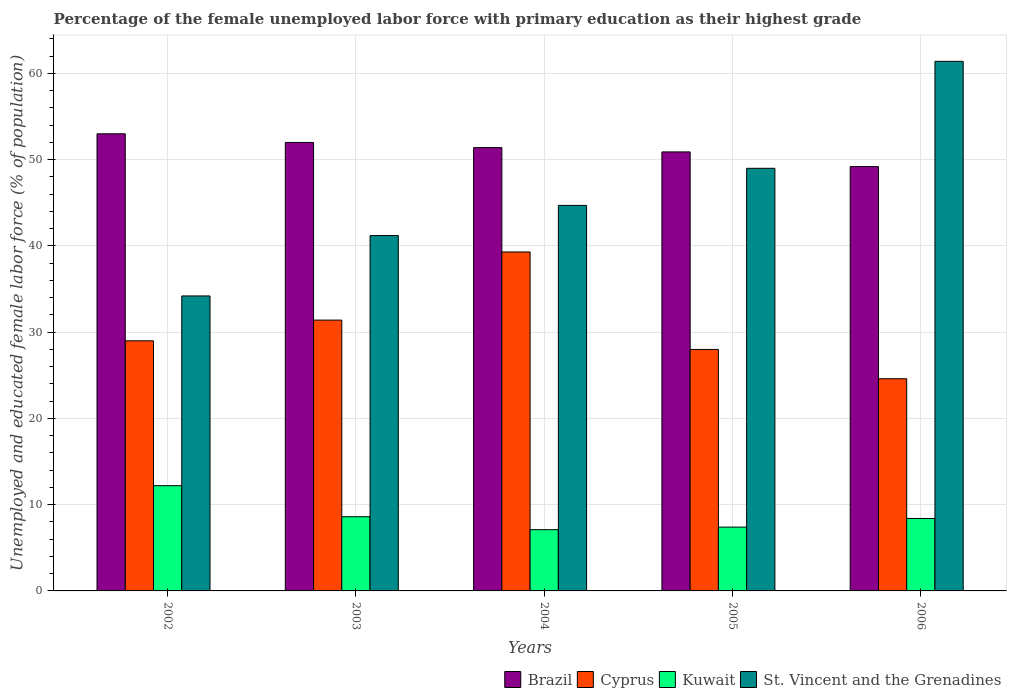
| Years | Brazil | Cyprus | Kuwait | St. Vincent and the Grenadines |
 | --- | --- | --- | --- | --- |
 | 2002 | 53 | 29 | 12.2 | 34.2 |
 | 2003 | 52 | 31.4 | 8.6 | 41.2 |
 | 2004 | 51.4 | 39.3 | 7.1 | 44.7 |
 | 2005 | 50.9 | 28 | 7.4 | 49 |
 | 2006 | 49.2 | 24.6 | 8.4 | 61.4 |